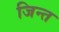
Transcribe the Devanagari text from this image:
जिन्त